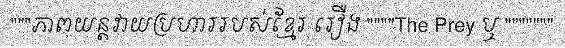
"""ភាពយន្តវាយប្រហាររបស់ខ្មែរ រឿង """"The Prey ឬ """""""